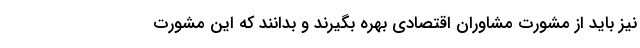
نیز باید از مشورت مشاوران اقتصادی بهره بگیرند و بدانند که این مشورت